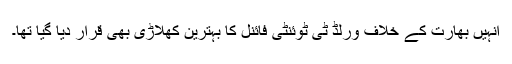
انہیں بھارت کے خلاف ورلڈ ٹی ٹوئنٹی فائنل کا بہترین کھلاڑی بھی قرار دیا گیا تھا۔